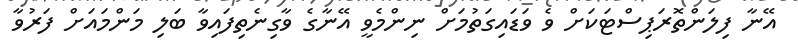
އޭނާ ފިލަންތޮރަޕިސްޓަކަށް ވެ ވަޑައިގަތުމަށް ނިންމެވީ އޭނާގެ ވާގިނެތިފައިވާ ބަލި މަންމައަށް ފަރުވާ